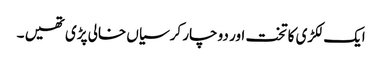
ایک لکڑی کا تخت اور دو چار کرسیاں خالی پڑی تھیں ۔